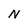
Character: N